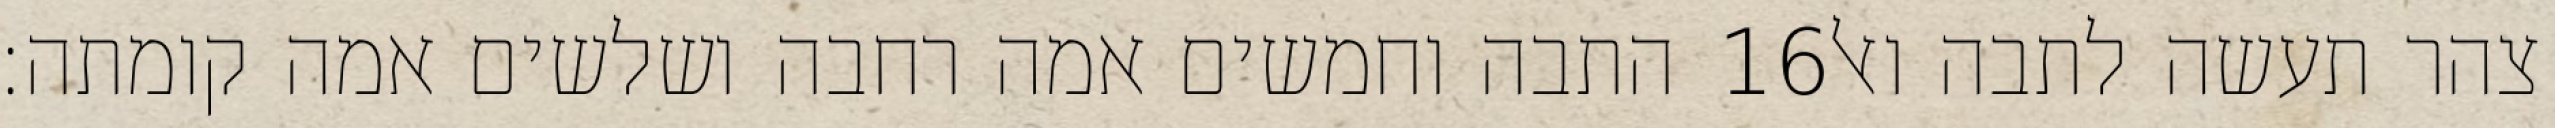
התבה וחמשים אמה רחבה ושלשים אמה קומתה׃ ‎16‏ צהר תעשה לתבה ואל